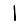
Digit: 1